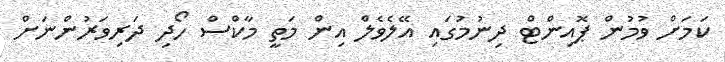
ކަމަށް ވުމުން ޕޮއިންޓް ދިނުމުގައި އޭލެވެލް އިން މަތީ މާކްސް ހޯދި ދަރިވަރުންނަށް